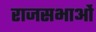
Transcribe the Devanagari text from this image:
राजसभाओं